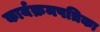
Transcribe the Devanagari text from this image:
कार्यक्रमपत्रिका